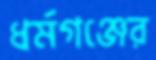
ধর্মগঞ্জের